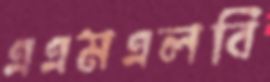
এএমএলবি